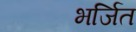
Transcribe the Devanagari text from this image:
भर्जित